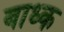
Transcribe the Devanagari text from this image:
बाध्‍क